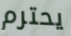
يحترم